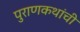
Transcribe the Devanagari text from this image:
पुराणकथांची